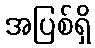
အပြစ်ရှိ